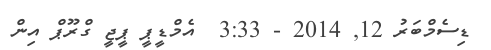
ޑިސެމްބަރު 12